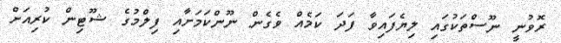
ރޮވުނީ ނޫސްތަކުގައި ލިޔެފައިވާ ފަދަ ކަމެއް ވެގެން ނޫންކަމަށާއި ފިލްމުގެ ޝޫޓިން ކުރިއަށް